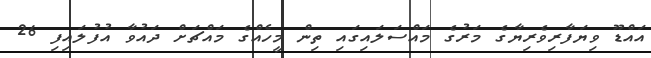
އައްޑޫ ވިޔަފާރިވެރިޔާގެ މަރުގެ މައްސަލައިގައި ތިން މީހެއްގެ މައްޗަށް ދައުވާ އުފުލައިފި 26